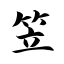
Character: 笠